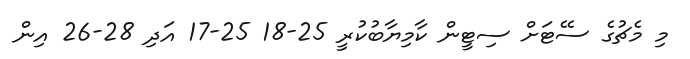
މި މެޗުގެ ސެެޓަށް ސިޓީން ކާމިޔާބުކުރީ 25-18 25-17 އަދި 28-26 އިން